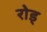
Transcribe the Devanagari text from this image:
रोड्